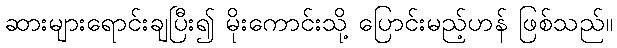
ဆားများရောင်းချပြီး၍ မိုးကောင်းသို့ ပြောင်းမည့်ဟန် ဖြစ်သည်။